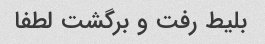
بلیط رفت و برگشت لطفا